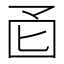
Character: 𫭄